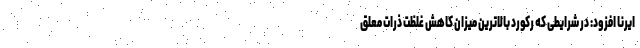
ایرنا افزود: در شرایطی که رکورد بالاترین میزان کاهش غلظت ذرات معلق